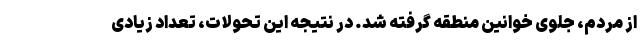
از مردم، جلوی خوانین منطقه گرفته شد. در نتیجه این تحولات، تعداد زیادی